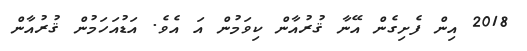
2018 އިން ފެށިގެން އޭނާ ޤުރުއާން ކިވަމުން އަ އެވެ. އަޑުއަހަމުން ޤުރުއާން